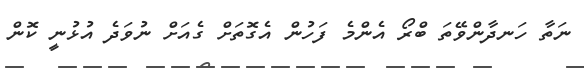
ނަތާ ހަނދާންވޭތަ ބްރޯ އެންމެ ފަހުން އެގޮތަށް ގެއަށް ނުވަދެ އުޅުނީ ކޮން